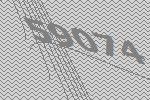
59074